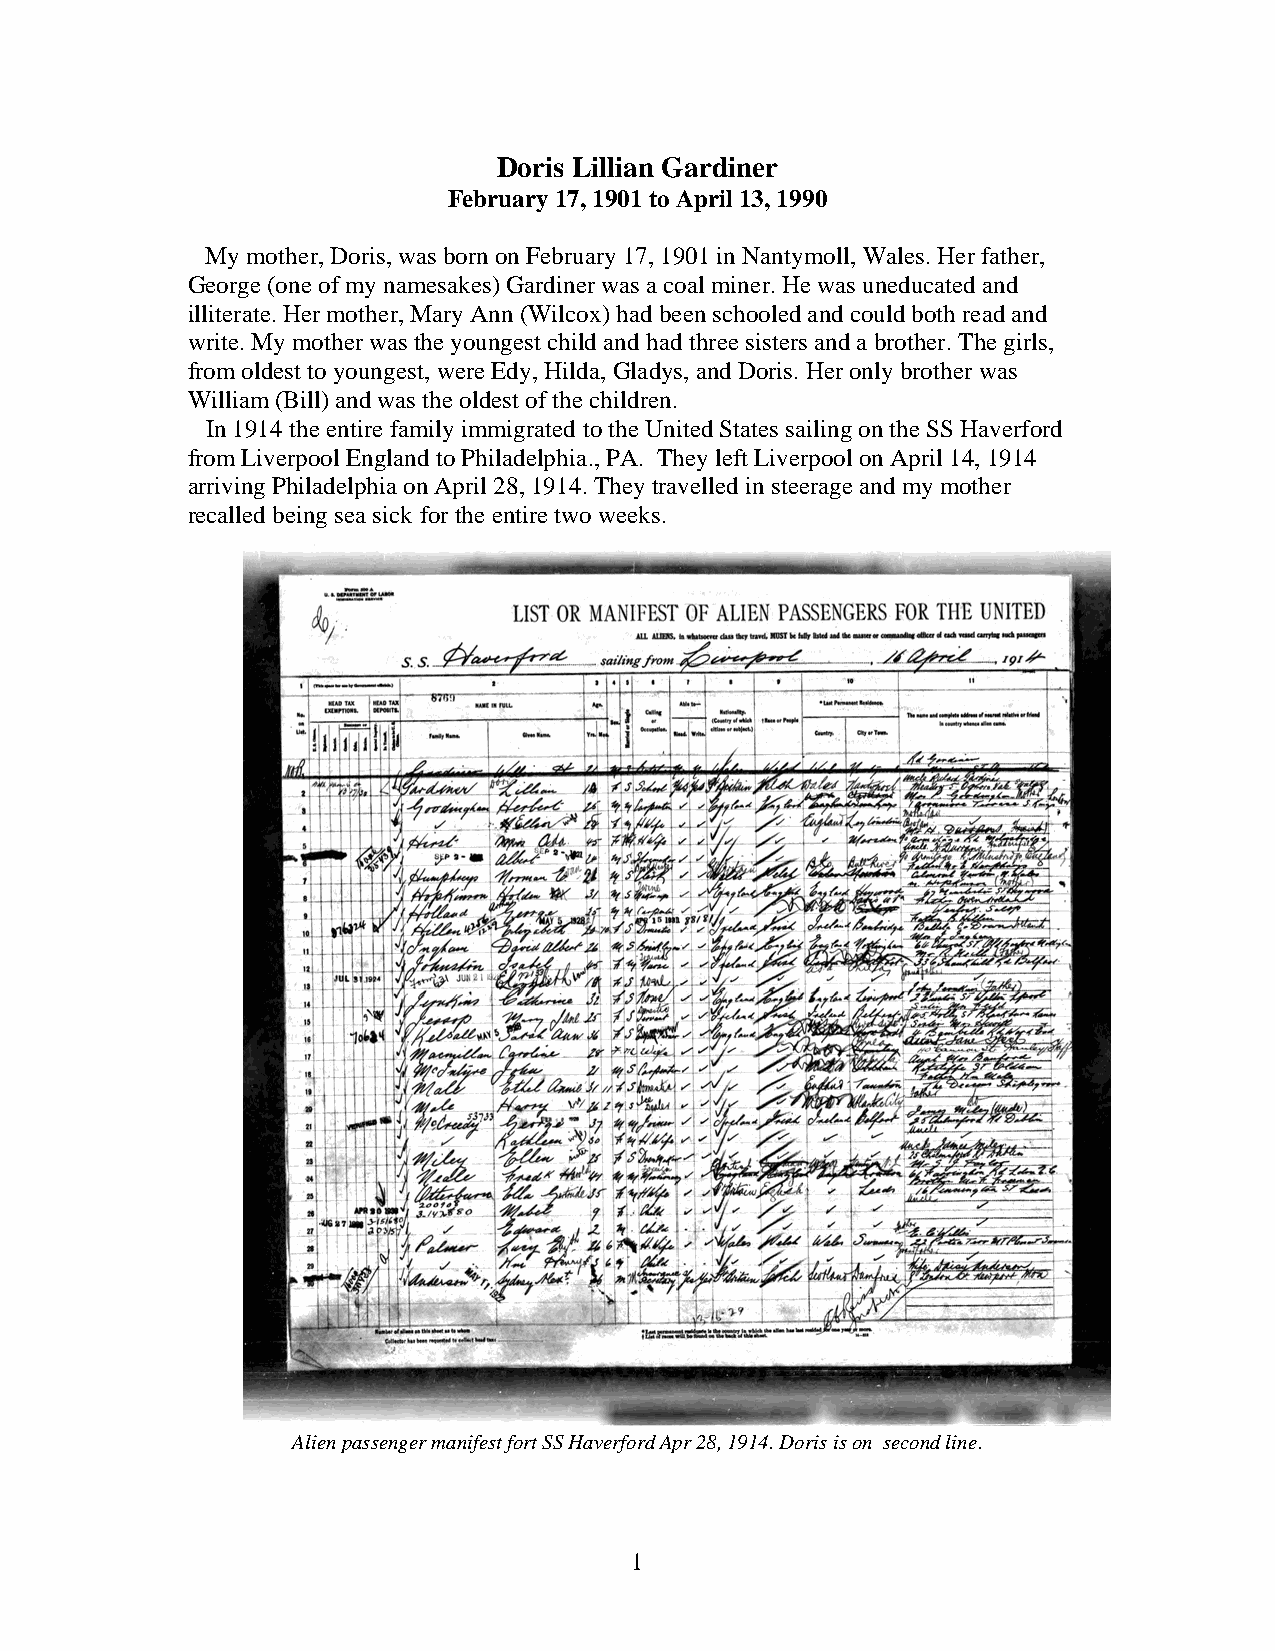
Doris Lillian Gardiner
 February 17, 1901 to April 13, 1990
 My mother, Doris, was born on February 17, 1901 in Nantymoll, Wales. Her father,
 George (one of my namesakes) Gardiner was a coal miner. He was uneducated and
 illiterate. Her mother, Mary Ann (Wilcox) had been schooled and could both read and
 write. My mother was the youngest child and had three sisters and a brother. The girls,
 from oldest to youngest, were Edy, Hilda, Gladys, and Doris. Her only brother was
 William (Bill) and was the oldest of the children.
 In 1914 the entire family immigrated to the United States sailing on the SS Haverford
 from Liverpool England to Philadelphia., PA. They left Liverpool on April 14, 1914
 arriving Philadelphia on April 28, 1914. They travelled in steerage and my mother
 recalled being sea sick for the entire two weeks.
 Alien passenger manifest fort SS Haverford Apr 28, 1914. Doris is on second line.
 1